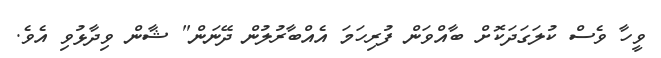
ވީހާ ވެސް ކުލަގަދަކޮށް ބާއްވަން ފުރިހަމަ އެއްބާރުލުން ދޭނަން" ޝާން ވިދާޅުވި އެވެ.